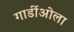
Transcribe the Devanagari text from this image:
गार्डीओला